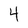
Character: 4